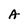
Character: A